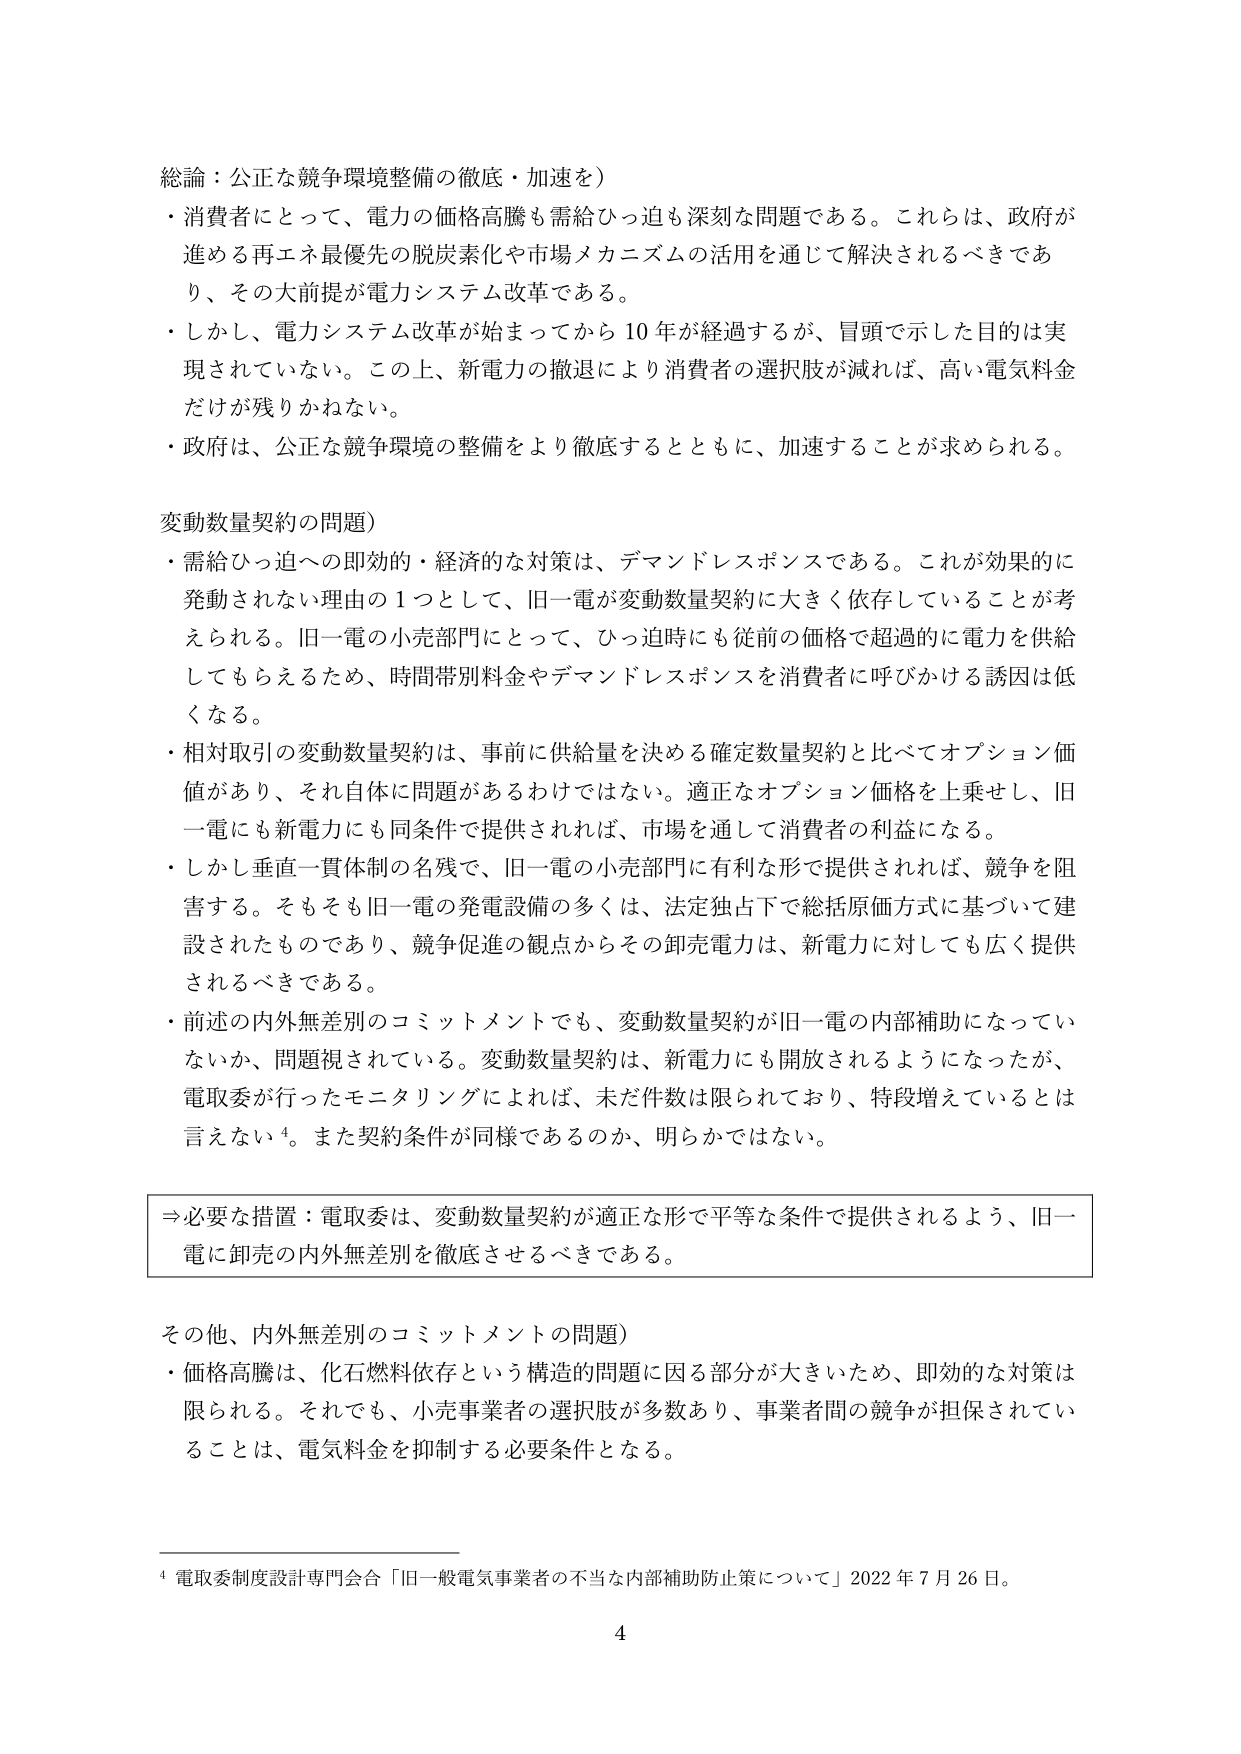
総論：公正な競争環境整備の徹底・加速を）
・消費者にとって、電力の価格高騰も需給ひっ迫も深刻な問題である。これらは、政府が進める再エネ最優先の脱炭素化や市場メカニズムの活用を通じて解決されるべきであり、その大前提が電力システム改革である。
・しかし、電力システム改革が始まってから10年が経過するが、冒頭で示した目的は実現されていない。この上、新電力の撤退により消費者の選択肢が減れば、高い電気料金だけが残りかねない。
・政府は、公正な競争環境の整備をより徹底するとともに、加速することが求められる。

変動数量契約の問題）
・需給ひっ迫への即効的・経済的な対策は、デマンドレスポンスである。これが効果的に発動されない理由の1つとして、旧一電が変動数量契約に大きく依存していることが考えられる。旧一電の小売部門にとって、ひっ迫時にも従前の価格で超過的に電力を供給してもらえるため、時間帯別料金やデマンドレスポンスを消費者に呼びかける誘因は低くなる。
・相対取引の変動数量契約は、事前に供給量を決める確定数量契約と比べてオプション価値があり、それ自体に問題があるわけではない。適正なオプション価格を上乗せし、旧一電にも新電力にも同条件で提供されれば、市場を通じて消費者の利益になる。
・しかし垂直一貫体制の名残で、旧一電の小売部門に有利な形で提供されれば、競争を阻害する。そもそも旧一電の発電設備の多くは、法定独占下で総括原価方式に基づいて建設されたものであり、競争促進の観点からその卸売電力は、新電力に対しても広く提供されるべきである。
・前述の内外無差別のコミットメントでも、変動数量契約が旧一電の内部補助になっていないか、問題視されている。変動数量契約は、新電力にも開放されるようになったが、電取委が行ったモニタリングによれば、未だ件数は限られており、特段増えているとは言えない⁴。また契約条件が同様であるのか、明らかではない。

⇒必要な措置：電取委は、変動数量契約が適正な形で平等な条件で提供されるよう、旧一電に卸売の内外無差別を徹底させるべきである。

その他、内外無差別のコミットメントの問題）
・価格高騰は、化石燃料依存という構造的問題に因る部分が大きいため、即効的な対策は限られる。それでも、小売事業者の選択肢が多数あり、事業者間の競争が担保されていることは、電気料金を抑制する必要条件となる。

⁴ 電取委制度設計専門会合「旧一般電気事業者の不当な内部補助防止策について」2022年7月26日。

4